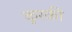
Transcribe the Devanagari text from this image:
कुरकी